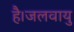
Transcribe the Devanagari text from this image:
है।जलवायु